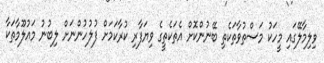
ވިލިމާލޭގައި މީހަކު މަސްތުވާތަކެތި ބޭނުންކޮށް އެތަކެތީގެ ވިޔަފާރި ކުރާކަމަށް ފުލުހުންނަށް ލިބުނު މައުލޫމާތަކާ